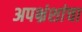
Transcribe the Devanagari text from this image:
अपभ्रंशांचा